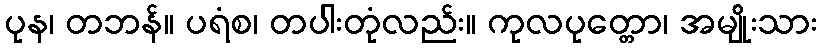
ပုန၊ တဘန်။ ပရံစ၊ တပါးတုံလည်း။ ကုလပုတ္တော၊ အမျိုးသား